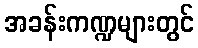
အခန်းကဏ္ဍများတွင်